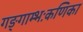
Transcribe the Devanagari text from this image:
गङ्गाम्भःकणिका